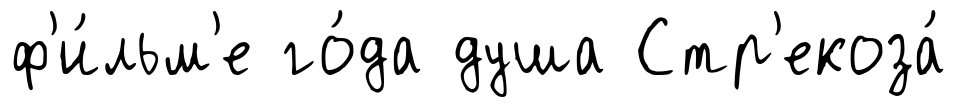
ф'и́льм'е го́да душа Стр'екоза́